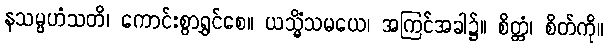
နသမ္ပဟံသတိ၊ ကောင်းစွာရွှင်စေ။ ယသ္မိံသမယေ၊ အကြင်အခါ၌။ စိတ္တံ၊ စိတ်ကို။